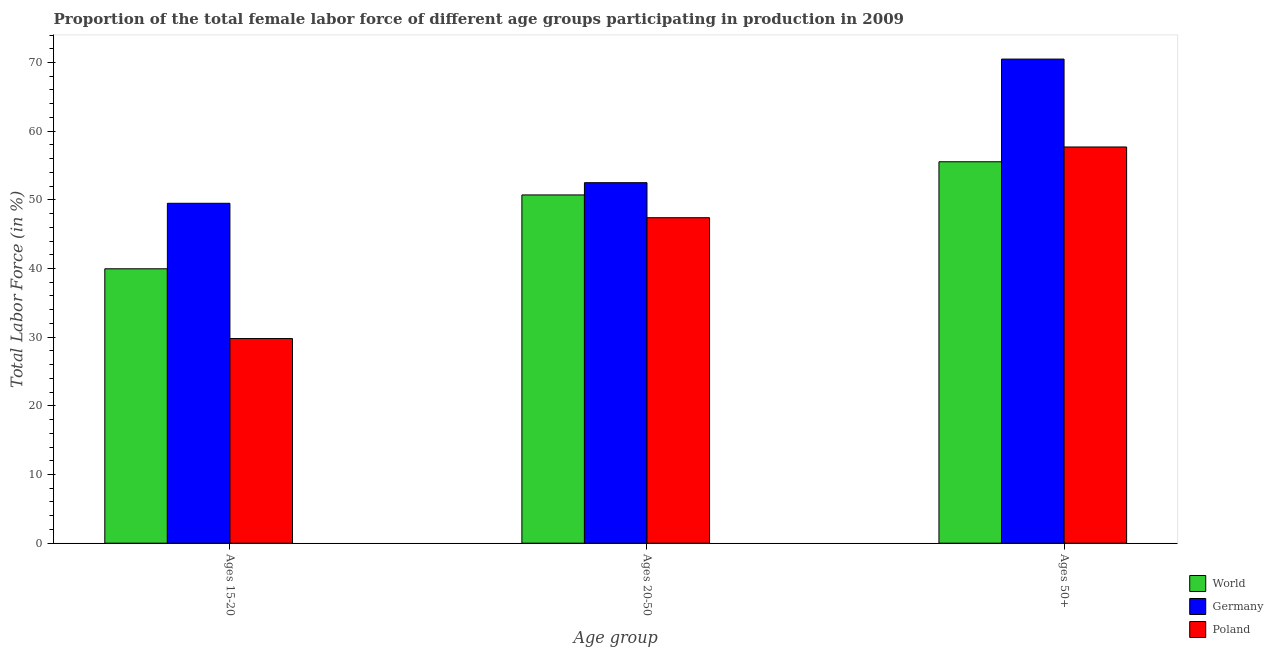
| Age group | World | Germany | Poland |
 | --- | --- | --- | --- |
 | Ages 15-20 | 40 | 49.5 | 29.8 |
 | Ages 20-50 | 50.7 | 52.5 | 47.4 |
 | Ages 50+ | 55.5 | 70.5 | 57.7 |